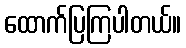
ထောက်ပြကြပါတယ်။